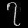
Digit: ၇